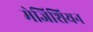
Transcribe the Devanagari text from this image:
मेजिशियन